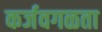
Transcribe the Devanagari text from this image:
कर्जवगळता